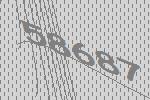
58687